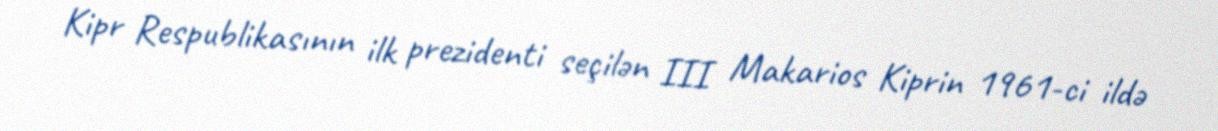
Kipr Respublikasının ilk prezidenti seçilən III Makarios Kiprin 1961-ci ildə